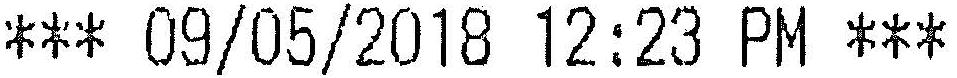
*** 09/05/2018 12:23 PM ***